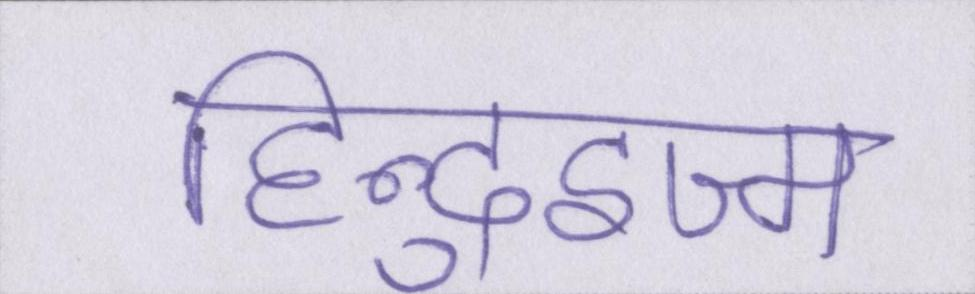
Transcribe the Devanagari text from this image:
हिन्दुइज्म